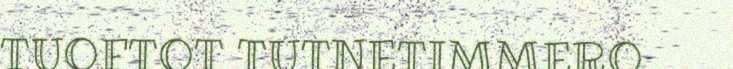
TUOFTOT TUTNETIMMERO